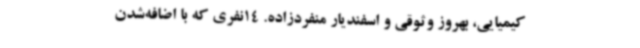
کیمیایی، بهروز وثوقی و اسفندیار منفردزاده. 14نفری که با اضافه‌شدن